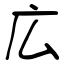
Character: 広